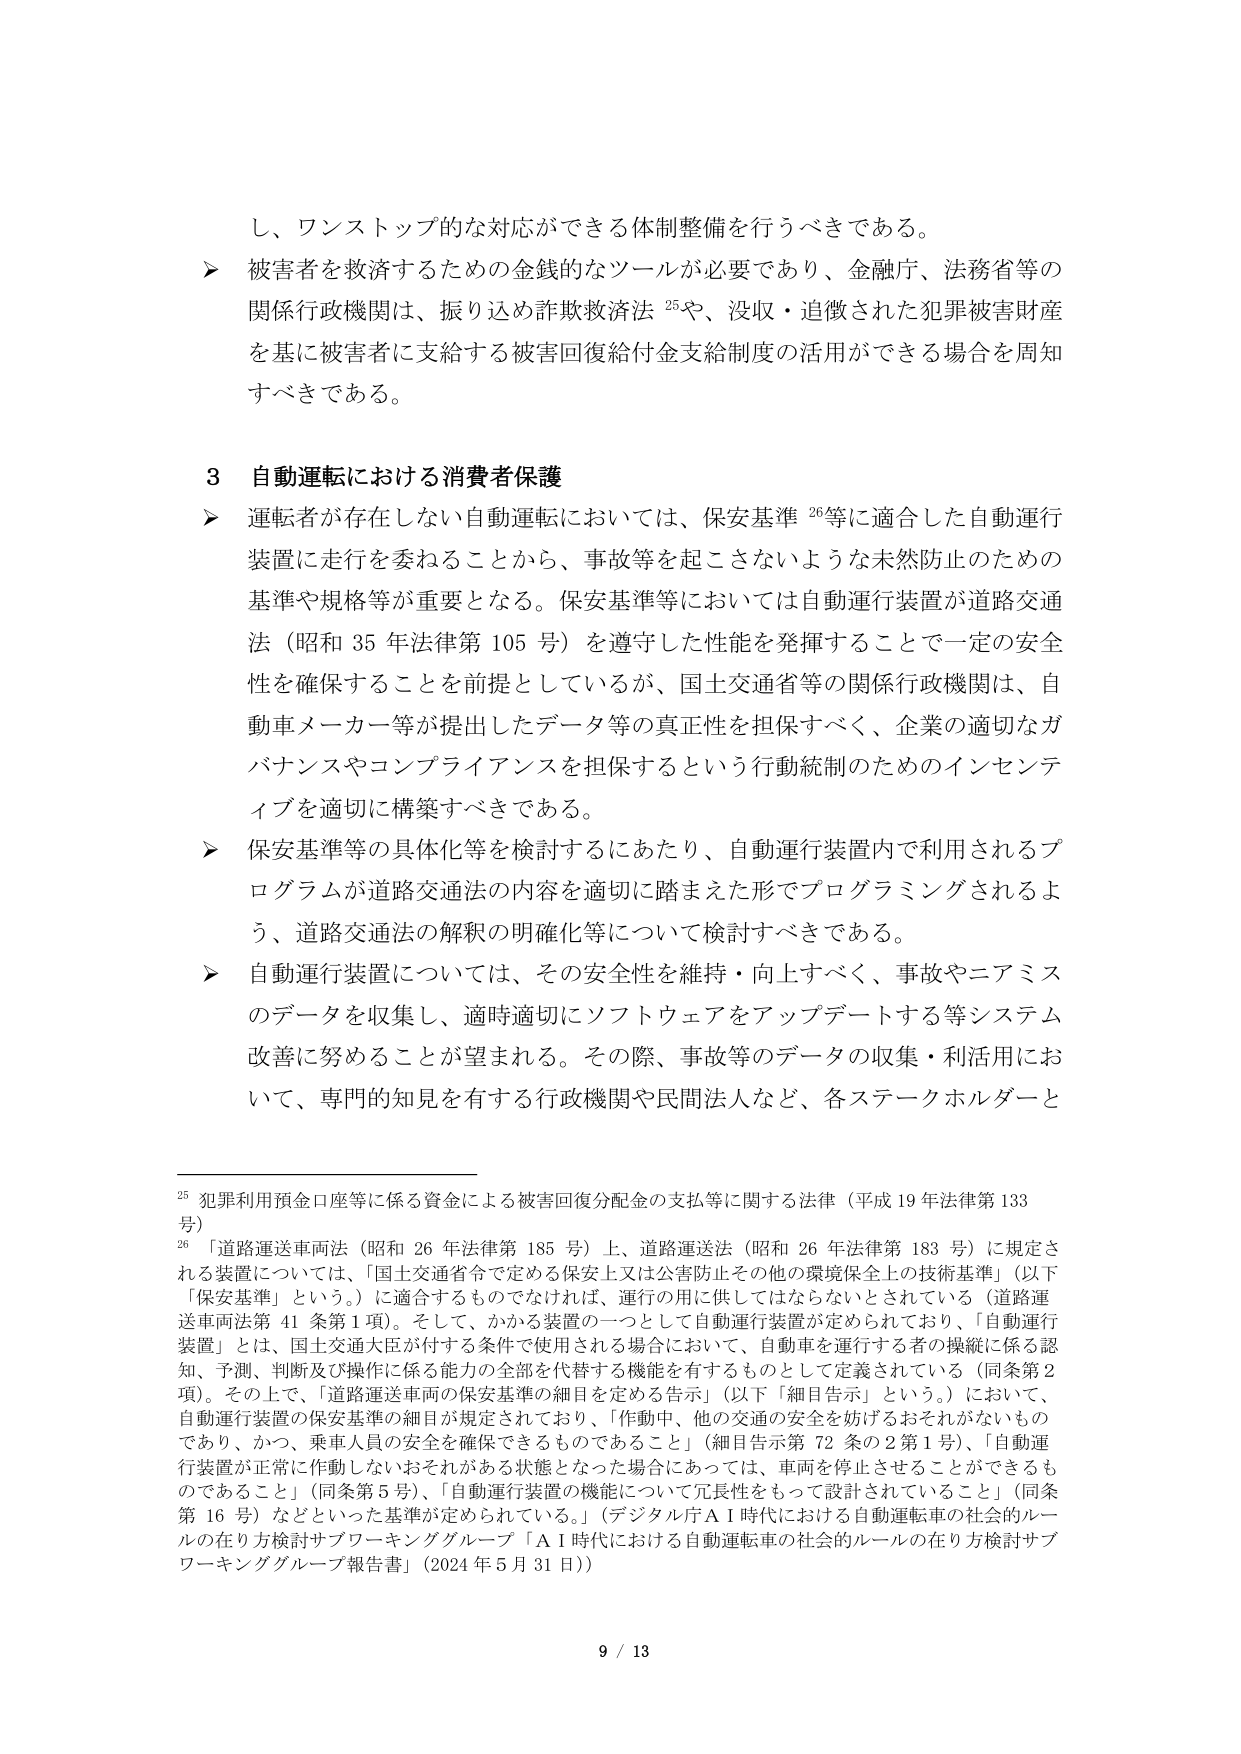
し、ワンストップ的な対応ができる体制整備を行うべきである。

➤ 被害者を救済するための金銭的なツールが必要であり、金融庁、法務省等の関係行政機関は、振り込め詐欺救済法 25や、没収・追徴された犯罪被害財産を基に被害者に支給する被害回復給付金支給制度の活用ができる場合を周知すべきである。

3 自動運転における消費者保護

➤ 運転者が存在しない自動運転においては、保安基準 26等に適合した自動運行装置に走行を委ねることから、事故等を起こさないような未然防止のための基準や規格等が重要となる。保安基準等においては自動運行装置が道路交通法（昭和35年法律第105号）を遵守した性能を発揮することで一定の安全性を確保することを前提としているが、国土交通省等の関係行政機関は、自動車メーカー等が提出したデータ等の真実性を担保すべく、企業の適切なガバナンスやコンプライアンスを担保するという行動統制のためのインセンティブを適切に構築すべきである。

➤ 保安基準等の具体化等を検討するにあたり、自動運行装置内で利用されるプログラムが道路交通法の内容を適切に踏まえた形でプログラミングされるよう、道路交通法の解釈の明確化等について検討すべきである。

➤ 自動運行装置については、その安全性を維持・向上すべく、事故やニアミスのデータを収集し、適時適切にソフトウェアをアップデートする等システム改善に努めることが望まれる。その際、事故等のデータの収集・利活用において、専門的知見を有する行政機関や民間法人など、各ステークホルダーと

25 犯罪利用預金口座等に係る資金による被害回復分配金の支払等に関する法律（平成19年法律第133号）

26 「道路運送車両法（昭和26年法律第185号）上、道路運送法（昭和26年法律第183号）に規定される装置については、「国土交通省令で定める保安上又は公害防止その他の環境保全上の技術基準」（以下「保安基準」という。）に適合するものでなければ、運行の用に供してはならないとされている（道路運送車両法第41条第1項）。そして、かかる装置の一つとして自動運行装置が定められており、「自動運行装置」とは、国土交通大臣が付する条件で使用される場合において、自動車を運行する者の操縦に係る認知、予測、判断及び操作に係る能力の全部を代替する機能を有するものとして定義されている（同条第2項）。その上で、「道路運送車両の保安基準の細目を定める告示」（以下「細目告示」という。）において、自動運行装置の保安基準の細目が規定されており、「作動中、他の交通の安全を妨げるおそれがないものであり、かつ、乗車人員の安全を確保できるものであること」（細目告示第72条の2第1号）、「自動運行装置が正常に作動しないおそれがある状態となった場合にあっては、車両を停止させることができるものであること」（同条第5号）、「自動運行装置の機能について冗長性をもって設計されていること」（同条第16号）などといった基準が定められている。」（デジタル庁AI時代における自動運転車の社会的ルールの在り方検討サブワーキンググループ「AI時代における自動運転車の社会的ルールの在り方検討サブワーキンググループ報告書」（2024年5月31日））

9 / 13